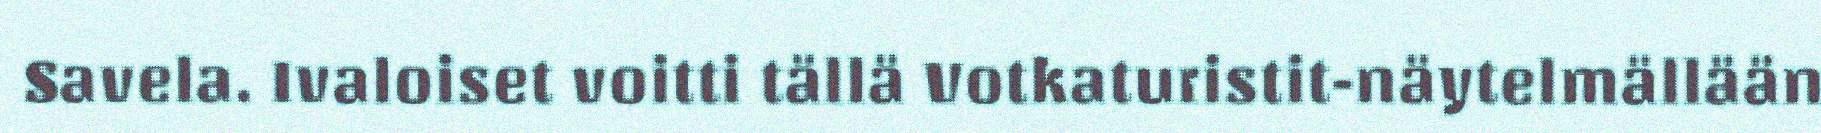
Savela. Ivaloiset voitti tällä Votkaturistit-näytelmällään